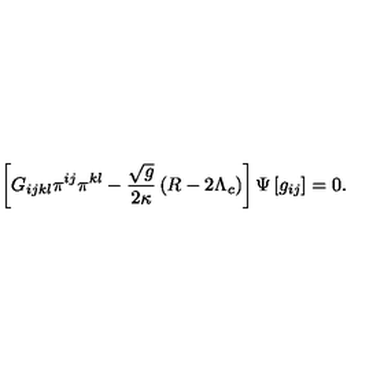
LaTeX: \left[ G _ { i j k l } \pi ^ { i j } \pi ^ { k l } - \frac { \sqrt { g } } { 2 \kappa } \left( R - 2 \Lambda _ { c } \right) \right] \Psi \left[ g _ { i j } \right] = 0 .